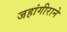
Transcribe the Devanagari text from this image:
जहांगीराने